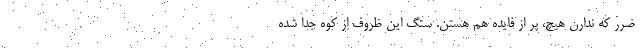
ضرر که ندارن هیچ، پر از فایده هم هستن. سنگ این ظروف از کوه جدا شده